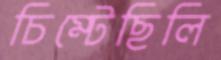
চিম্‌টেছিলি